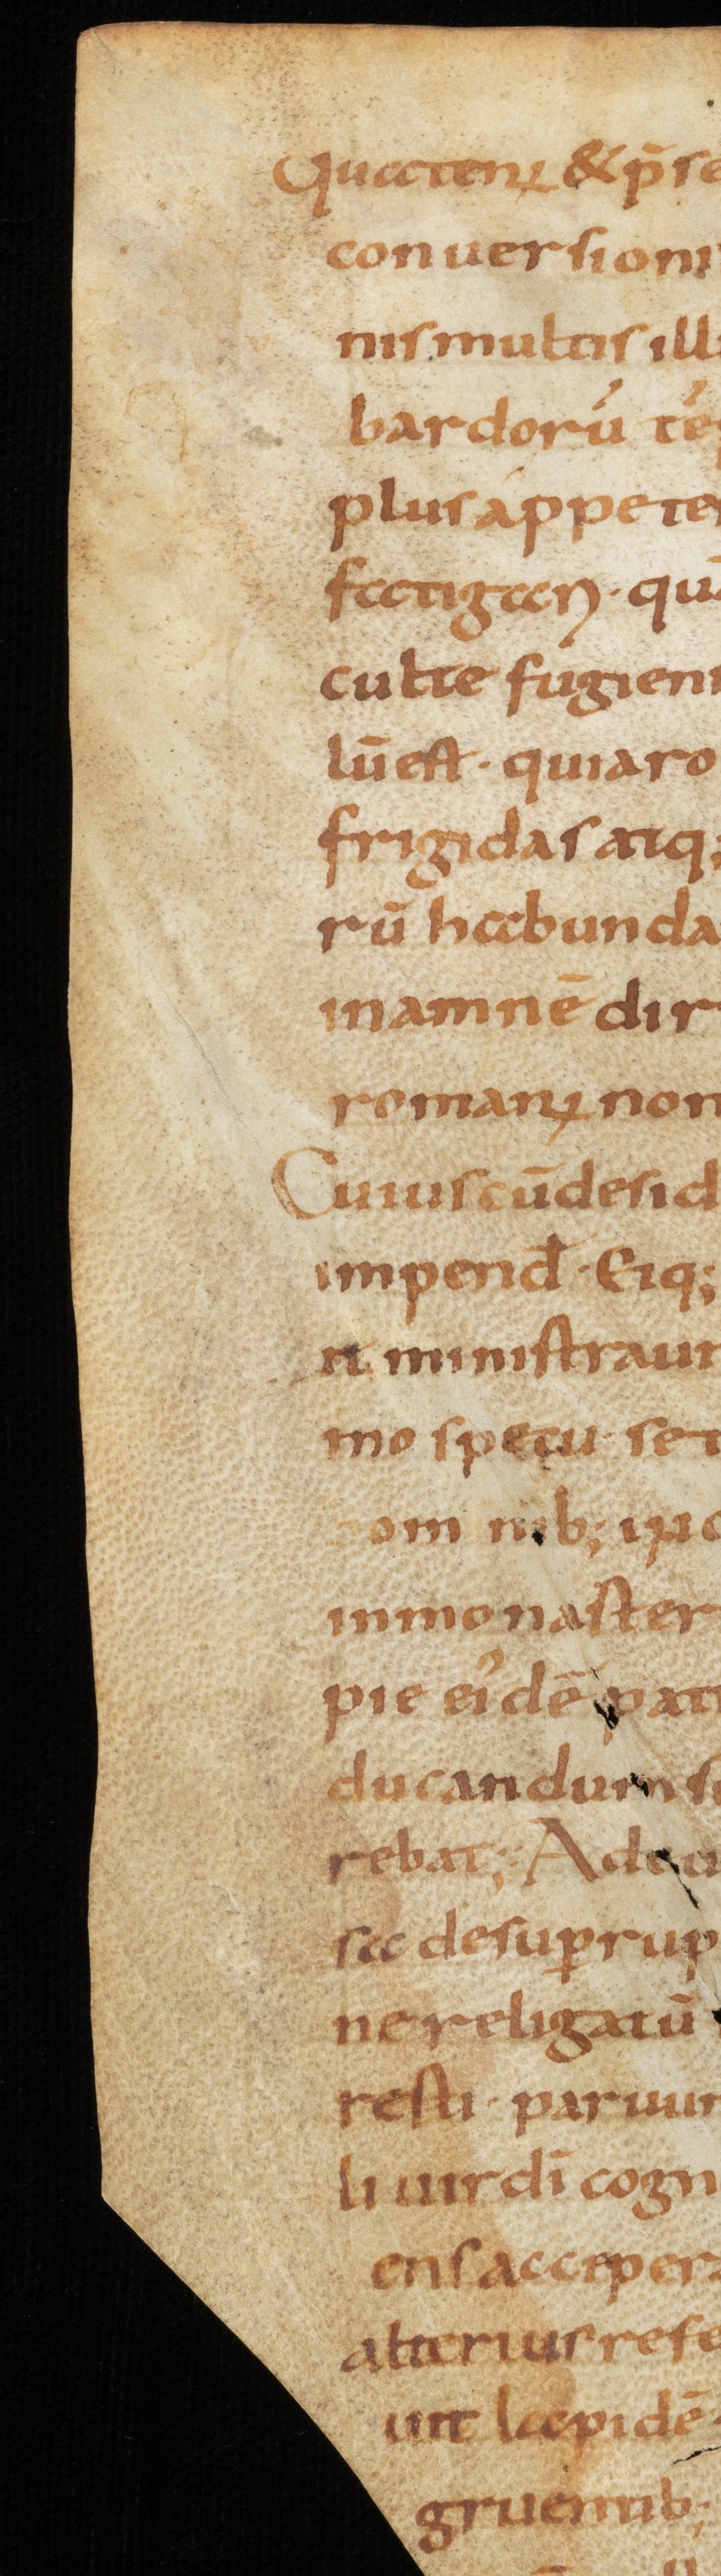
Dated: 800–849